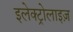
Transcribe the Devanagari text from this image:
इलेक्ट्रोलाइज़